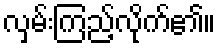
လှမ်းကြည့်လိုက်၏။